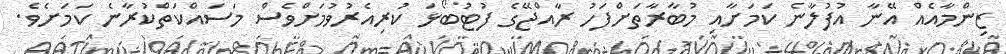
ޒިންމާއެއް އޭނާ އުފުލާނެ ކަމަށާއި މުބާރާތަށްފަހު ރާއްޖޭގެ ފުޓުބޯޅަ ކުރިއެރުވުމަށްވެސް މަސައްކަތްކުރާނެ ކަމަށެވެ.